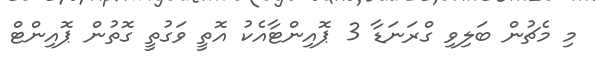
މި މެޗުން ބަލިވި ގްރަނަޑާ 3 ޕޮއިންޓާއެކު އޮތީ ވަގުތީ ގޮތުން ޕޮއިންޓް